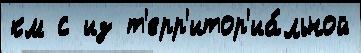
км с из т'ерр'итор'иа́льной